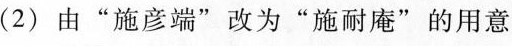
(2)由”施彦端”改为”施耐庵”的用意